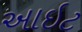
આઇટ